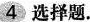
4 选择题。